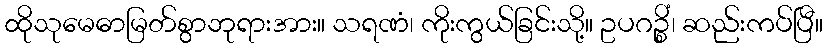
ထိုသုမေဓာမြတ်စွာဘုရားအား။ သရဏံ၊ ကိုးကွယ်ခြင်းသို့။ ဥပဂဉ္စိံ၊ ဆည်းကပ်ပြီ။